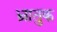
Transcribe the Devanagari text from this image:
भ्रातुक